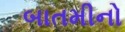
બાતમીનો